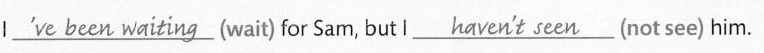
I \underline{##’ve been waiting##} (wait) for Sam, but l \underline{##haven't seen##} (not see) him.